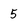
Character: 5